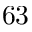
^ Ḋ 6 3 Ḍ